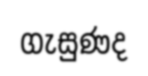
ගැසුණද